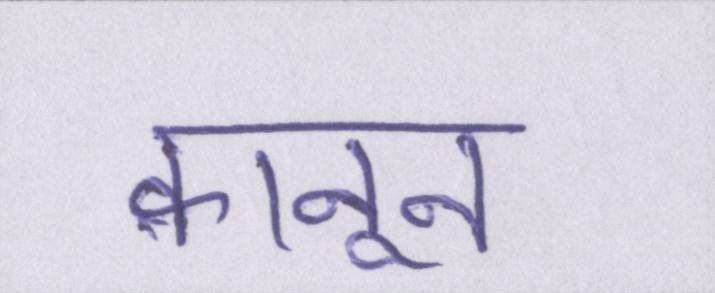
क़ानून